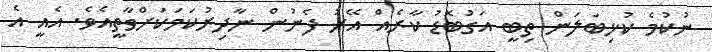
ނުކުމެ ކުޅިބަލަން ތިބީ އަގުބޮޑު ކާރެއް އޭރު ފެނުން ނާދިރުކަމަކަށްވާތީއެވެ. އެއީ އެ